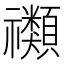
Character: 禷